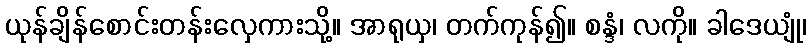
ယုန်ချိန်စောင်းတန်းလှေကားသို့။ အာရုယှ၊ တက်ကုန်၍။ စန္ဒံ၊ လကို။ ခါဒေယျုံ၊